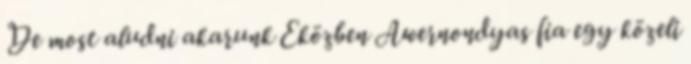
De most aludni akarunk Eközben Awernondyas fia egy közeli